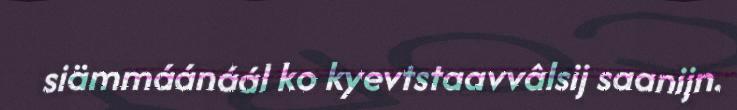
siämmáánáál ko kyevtstaavvâlsij saanijn.